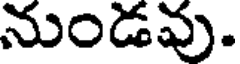
నుండవు.